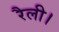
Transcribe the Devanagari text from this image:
रैली।